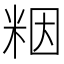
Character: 𫂾